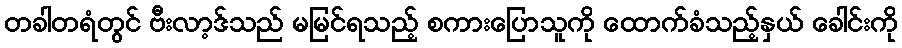
တခါတရံတွင် ဗီးလာ့ဒ်သည် မမြင်ရသည့် စကားပြောသူကို ထောက်ခံသည့်နှယ် ခေါင်းကို